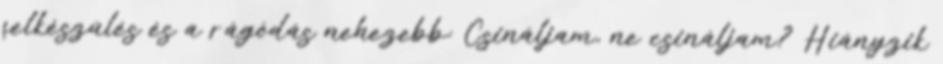
felkészülés és a rágódás nehezebb: Csináljam, ne csináljam? Hiányzik